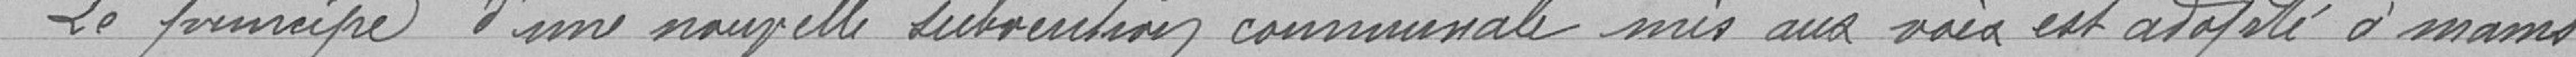
Le principe d'une nouvelle subvention communale mis aux voix est adopté à mains